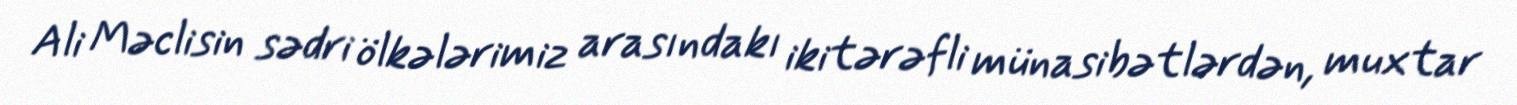
Ali Məclisin sədri ölkələrimiz arasındakı ikitərəfli münasibətlərdən, muxtar